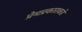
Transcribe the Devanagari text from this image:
प्रेमप्रकाराकडे